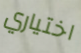
اختياري